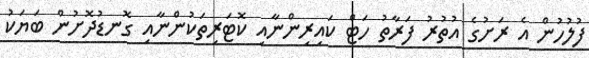
ފުލުހުން އެ ރަށުގެ އުތުރު ފަރާތު ހަޓް ކައިރިންނާއި ކޮޓަރިތަކުންނާއި ގޮނޑުދޮށުން ބަޔަކު